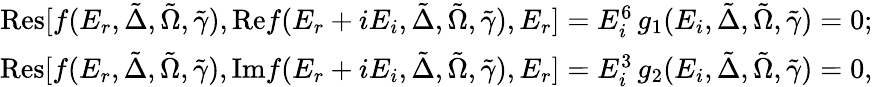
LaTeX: \begin{array}{r}{\mathrm{Res}[f(E_{r},\tilde{\Delta},\tilde{\Omega},\tilde{\gamma}),\mathrm{Re}f(E_{r}+iE_{i},\tilde{\Delta},\tilde{\Omega},\tilde{\gamma}),E_{r}]=E_{i}^{6}\, g_{1}(E_{i},\tilde{\Delta},\tilde{\Omega},\tilde{\gamma})=0;}\\ {\mathrm{Res}[f(E_{r},\tilde{\Delta},\tilde{\Omega},\tilde{\gamma}),\mathrm{Im}f(E_{r}+iE_{i},\tilde{\Delta},\tilde{\Omega},\tilde{\gamma}),E_{r}]=E_{i}^{3}\, g_{2}(E_{i},\tilde{\Delta},\tilde{\Omega},\tilde{\gamma})=0,}\end{array}